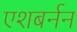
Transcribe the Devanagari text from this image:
एशबर्नन